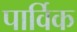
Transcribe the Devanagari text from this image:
पार्विक